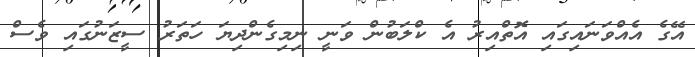
އޭގެ އެއްވަނައިގައި އޮތްއިރު އެ ކްލަބުން ވަނީ ނިމިގެންދިޔަ ހަތަރު ސީޒަނުގައި ވެސް